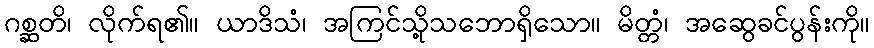
ဂစ္ဆတိ၊ လိုက်ရ၏။ ယာဒိသံ၊ အကြင်သို့သဘောရှိသော။ မိတ္တံ၊ အဆွေခင်ပွန်းကို။